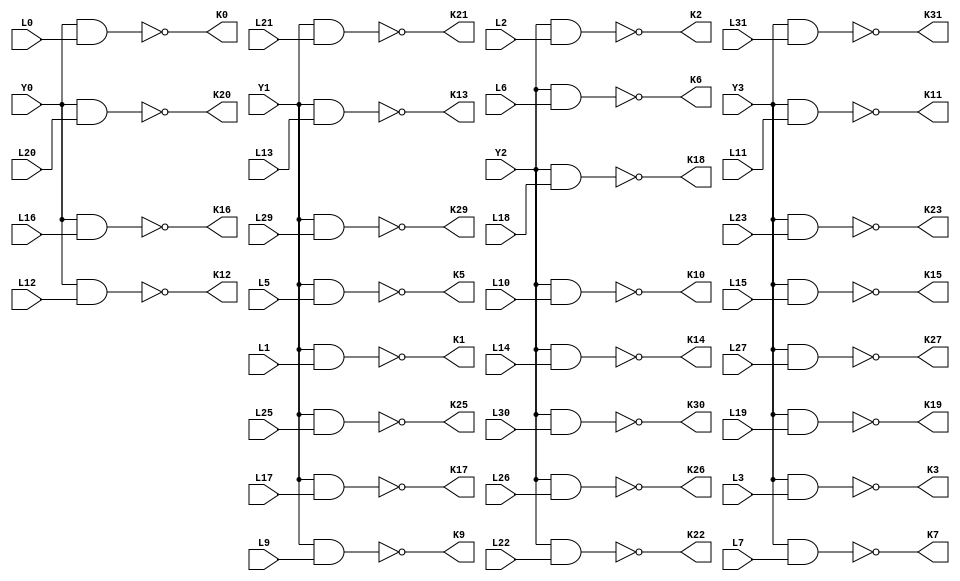
/////////////////////////////////////////////////////////////////////////////////
//
// Original Author: Alexander Maximov and Patrik Ekdahl
// Adapted by:
// 
// Module Name: mulld
// Project Name: aes_sboxes
// Description: Adapted from Alexander Maximov and Patrik Ekdahl's 
//              "New Circuit Minimization Techniques 
//              for Smaller and Faster AES SBoxes"
// 
// Dependencies: None.
// 
// Additional Comments: None.
// 
//////////////////////////////////////////////////////////////////////////////////

module mulld (
        input   wire    Y0, Y1, Y2, Y3,
        input   wire    L0, L12, L16, L20, L1, L5, L9, L13, L17, L21, L25, L29, L2, L6, L10, L14, L18, L22, L26, L30, L3, L7, L11, L15, L19, L23, L27, L31,
        output  wire    K0, K12, K16, K20, K1, K5, K9, K13, K17, K21, K25, K29, K2, K6, K10, K14, K18, K22, K26, K30, K3, K7, K11, K15, K19, K23, K27, K31
    );
    
    //----------------------------------------------------------------
    // Continuous Assignments
    //----------------------------------------------------------------
    assign K0  = ~(Y0 & L0 ); // NAND
    assign K12 = ~(Y0 & L12); // NAND
    assign K16 = ~(Y0 & L16); // NAND
    assign K20 = ~(Y0 & L20); // NAND
    assign K1  = ~(Y1 & L1 ); // NAND
    assign K5  = ~(Y1 & L5 ); // NAND
    assign K9  = ~(Y1 & L9 ); // NAND
    assign K13 = ~(Y1 & L13); // NAND
    assign K17 = ~(Y1 & L17); // NAND
    assign K21 = ~(Y1 & L21); // NAND
    assign K25 = ~(Y1 & L25); // NAND
    assign K29 = ~(Y1 & L29); // NAND
    assign K2  = ~(Y2 & L2 ); // NAND
    assign K6  = ~(Y2 & L6 ); // NAND
    assign K10 = ~(Y2 & L10); // NAND
    assign K14 = ~(Y2 & L14); // NAND
    assign K18 = ~(Y2 & L18); // NAND
    assign K22 = ~(Y2 & L22); // NAND
    assign K26 = ~(Y2 & L26); // NAND
    assign K30 = ~(Y2 & L30); // NAND
    assign K3  = ~(Y3 & L3 ); // NAND
    assign K7  = ~(Y3 & L7 ); // NAND
    assign K11 = ~(Y3 & L11); // NAND
    assign K15 = ~(Y3 & L15); // NAND
    assign K19 = ~(Y3 & L19); // NAND
    assign K23 = ~(Y3 & L23); // NAND
    assign K27 = ~(Y3 & L27); // NAND
    assign K31 = ~(Y3 & L31); // NAND

endmodule // mulld